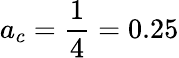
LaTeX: a_{c}=\frac{1}{4}=0.25